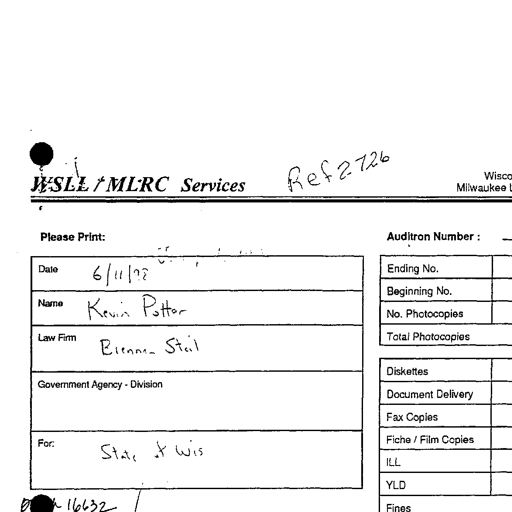
WSLL / MLRC Services Ref 2726
Please Print: Auditron Number :
Date 6/11/98 Ending No.
Name Kevin Potter Beginning No.
No. Photocopies
Law Firm Brennan Steil Total Photocopies
Government Agency - Division Diskettes
Document Delivery
Fax Copies
For: State of Wis Fiche / Film Copies
ILL
YLD
16632 Fines